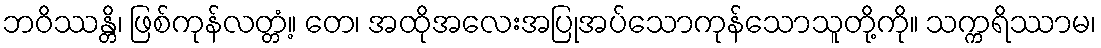
ဘဝိဿန္တိ၊ ဖြစ်ကုန်လတ္တံ့။ တေ၊ အထိုအလေးအပြုအပ်သောကုန်သောသူတို့ကို။ သက္ကရိဿာမ၊